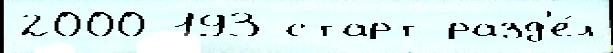
2000 193 старт разд'е́л